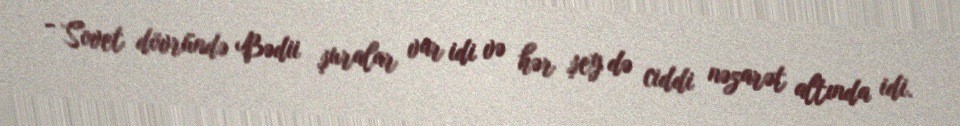
- Sovet dövründə Bədii şuralar var idi və hər şey də ciddi nəzarət altında idi.